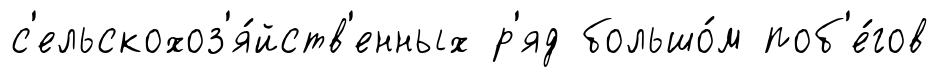
с'ельскохоз'я́йств'енных р'яд большо́м поб'е́гов